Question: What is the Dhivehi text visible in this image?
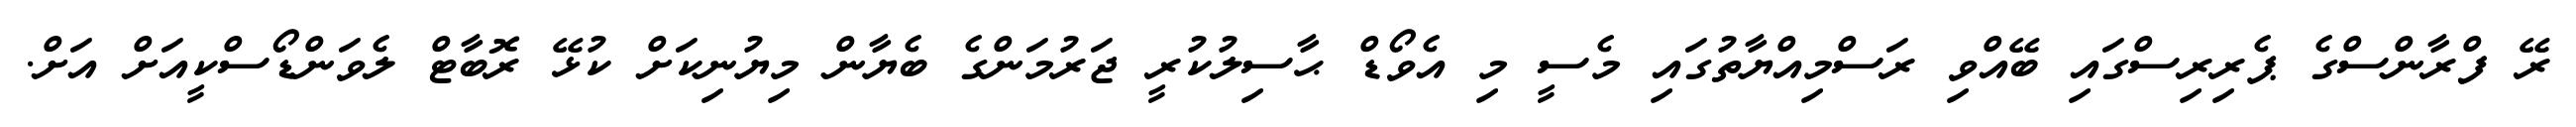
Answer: ރޭ ފްރާންސްގެ ޕެރިރިސްގައި ބޭއްވި ރަސްމިއްޔާތުގައި މެސީ މި އެވޯޑް ޙާސިލުކުރީ ޖަރުމަންގެ ބެޔާން މިޔުނިކަށް ކުޅޭ ރޮބާޓް ލެވަންޑޯސްކީއަށް އަށް.